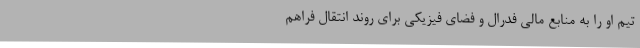
تیم او را به منابع مالی فدرال و فضای فیزیکی برای روند انتقال فراهم